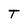
Character: T